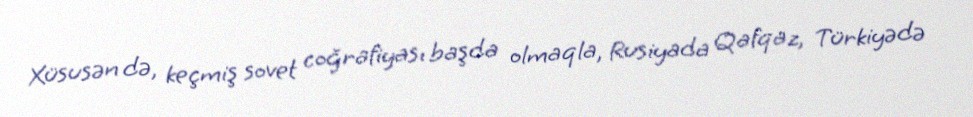
Xüsusən də, keçmiş sovet coğrafiyası başda olmaqla, Rusiyada Qafqaz, Türkiyədə